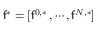
\mathsf { f } ^ { \ast } = [ \mathsf { f } ^ { 0 , \ast } \, , \cdots , \mathsf { f } ^ { N , \ast } ]